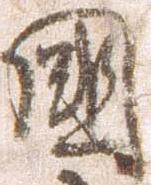
国